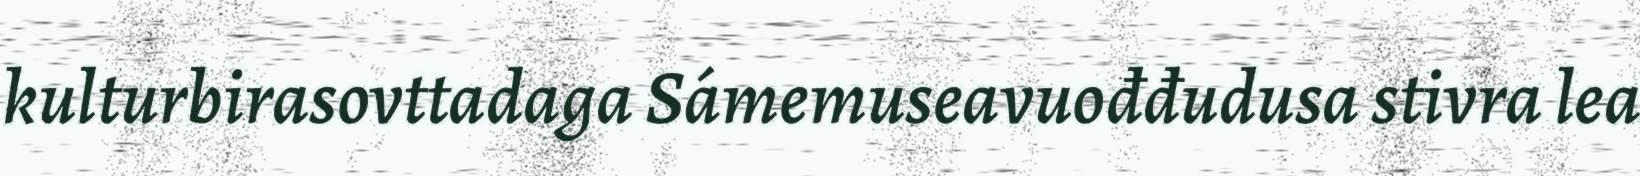
kulturbirasovttadaga Sámemuseavuođđudusa stivra lea